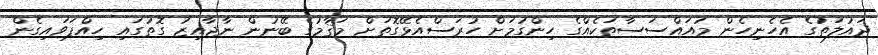
ދައުލަތުގެ އެހެނިހެން މުއައްސަސާތަކެއްގެ ހިންގުމަށް ހުރަސްއެޅޭގޮތަށް މަޤާމުގެ ބޭނުން ނާޖާއިޒު ގޮތުގައި ހިއްޕަވައިގެން